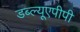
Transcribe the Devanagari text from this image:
डब्ल्यूएपीपी